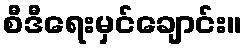
စီဒီရေးမှင်ချောင်း။